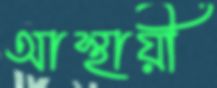
আস্থায়ী